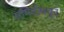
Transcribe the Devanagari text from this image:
समितीमधून